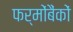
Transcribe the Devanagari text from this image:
फर्मोंबैंकों